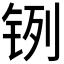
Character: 𲇹